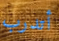
أتدرب